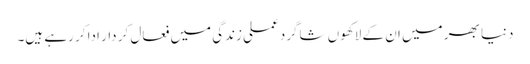
دنیا بھر میں ان کے لاکھوں شاگرد عملی زندگی میں فعال کر دار ادا کر رہے ہیں۔